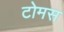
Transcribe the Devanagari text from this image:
टोमस